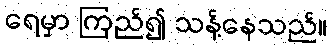
ရေမှာ ကြည်၍ သန့်နေသည်။